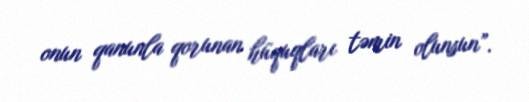
onun qanunla qorunan hüquqları təmin olunsun”.